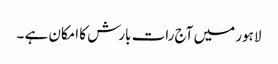
لاہور میں آج رات بارش کا امکان ہے ۔